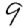
Digit: 9